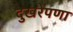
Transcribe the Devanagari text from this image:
दुखरेपणा